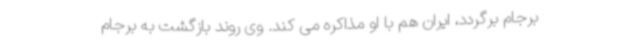
برجام برگردد، ایران هم با او مذاکره می کند. وی روند بازگشت به برجام